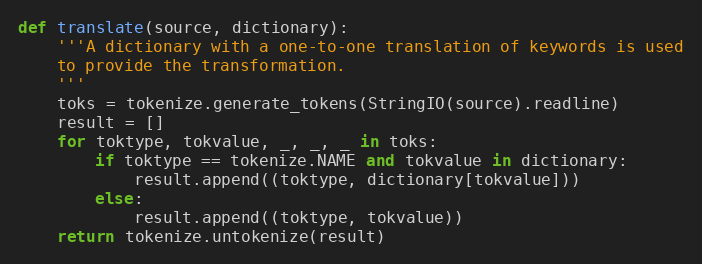
Language: Python
def translate(source, dictionary):
    '''A dictionary with a one-to-one translation of keywords is used
    to provide the transformation.
    '''
    toks = tokenize.generate_tokens(StringIO(source).readline)
    result = []
    for toktype, tokvalue, _, _, _ in toks:
        if toktype == tokenize.NAME and tokvalue in dictionary:
            result.append((toktype, dictionary[tokvalue]))
        else:
            result.append((toktype, tokvalue))
    return tokenize.untokenize(result)